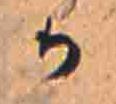
か